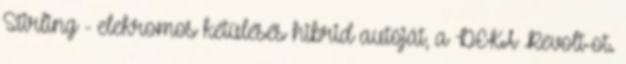
Stirling - elekromos kétülésés hibrid autóját, a DEKA Revolt-ot.